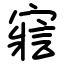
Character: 寣